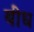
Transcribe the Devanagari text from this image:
बींध